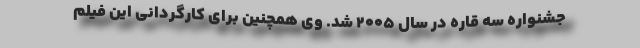
جشنواره سه قاره در سال ۲۰۰۵ شد. وی همچنین برای کارگردانی این فیلم